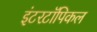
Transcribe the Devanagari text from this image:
इंटरटॉपिकल